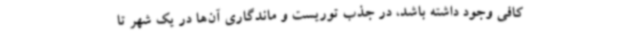
کافی وجود داشته باشد، در جذب توریست و ماندگاری آن‌ها در یک شهر تا